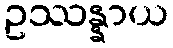
ဥဿန္နာယ